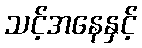
သင့်အနေနှင့်